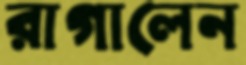
রাগালেন